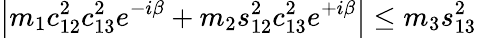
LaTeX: \left\vert m_{1}c_{12}^{2}c_{13}^{2}e^{-i\beta}+m_{2}s_{12}^{2}c_{13}^{2}e^{+i\beta}\right\vert\leq m_{3}s_{13}^{2}